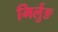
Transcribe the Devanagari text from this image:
मिर्लुङ